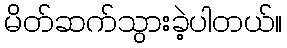
မိတ်ဆက်သွားခဲ့ပါတယ်။